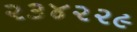
૨૩૪૨૨૯